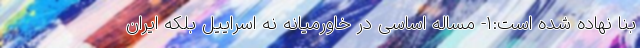
بنا نهاده شده است:1- مساله اساسی در خاورمیانه نه اسراییل بلکه ایران